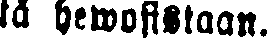
tä hewoistaan.